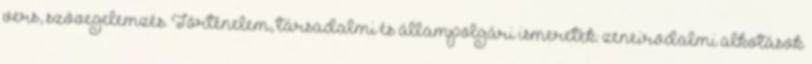
vers, szövegelemzés. Történelem, társadalmi és állampolgári ismeretek: zeneirodalmi alkotások